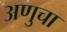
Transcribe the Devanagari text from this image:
अणुचा